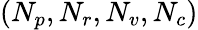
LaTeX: (N_{p},N_{r},N_{v},N_{c})